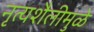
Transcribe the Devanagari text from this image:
नृत्यशैलीमुळे